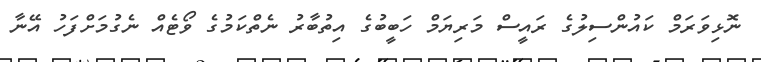
ނޮޅިވަރަމް ކައުންސިލުގެ ރައީސް މަރިޔަމް ހަބީބުގެ އިތުބާރު ނެތްކަމުގެ ވޯޓެއް ނެގުމަށްފަހު އޭނާ